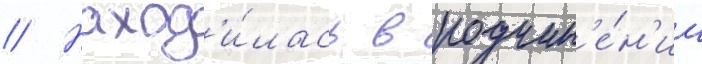
// Наход'и́лась в подчин'е́н'ии